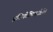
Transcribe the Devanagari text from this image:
प्रतियोगिताओंके